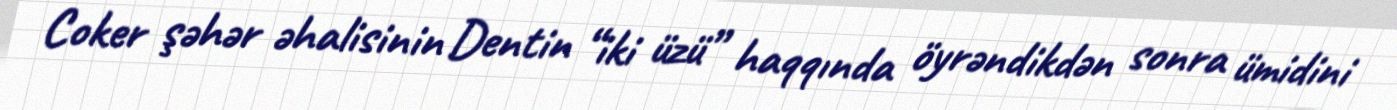
Coker şəhər əhalisinin Dentin “iki üzü” haqqında öyrəndikdən sonra ümidini